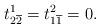
LaTeX: \begin{align*} t^1_{2\overline{2}}=t^2_{1\overline{1}}=0.\end{align*}